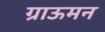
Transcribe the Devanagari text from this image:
ग्राऊमन